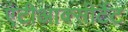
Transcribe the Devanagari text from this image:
एंटीआक्सीटैंट